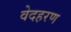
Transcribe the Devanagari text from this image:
वेदहरण